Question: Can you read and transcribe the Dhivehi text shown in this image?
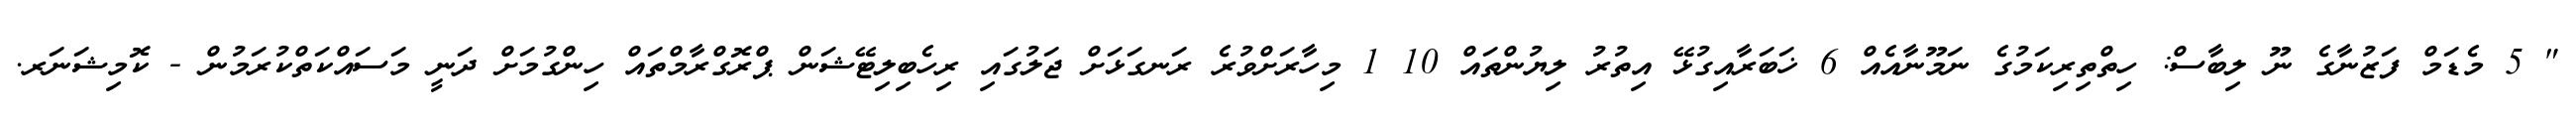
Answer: " 5 މެޑަމް ފަޒުނާގެ ނޫ ލިބާސް: ހިތްތިރިކަމުގެ ނަމޫނާއެއް 6 ޚަބަރާއިގުޅޭ އިތުރު ލިޔުންތައް 10 1 މިހާރަށްވުރެ ރަނގަޅަށް ޖަލުގައި ރިހެބިލިޓޭޝަން ޕްރޮގްރާމްތައް ހިންގުމަށް ދަނީ މަސައްކަތްކުރަމުން - ކޮމިޝަނަރ.